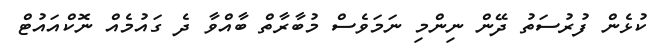
ކުޅެން ފުރުސަތު ދޭން ނިންމި ނަމަވެސް މުބާރާތް ބާއްވާ ދެ ގައުމެއް ނޮކްއައުޓް